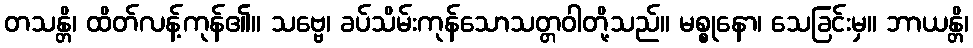
တသန္တိ၊ ထိတ်လန့်ကုန်၏။ သဗ္ဗေ၊ ခပ်သိမ်းကုန်သောသတ္တဝါတို့သည်။ မစ္စုနော၊ သေခြင်းမှ။ ဘာယန္တိ၊